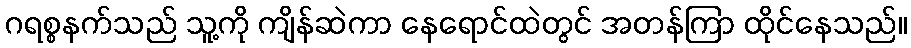
ဂရစ္စနက်သည် သူ့ကို ကျိန်ဆဲကာ နေရောင်ထဲတွင် အတန်ကြာ ထိုင်နေသည်။